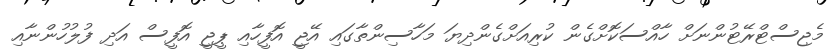
މެޖިސްޓްރޭޓުންނަށް ހާއްސަކޮށްގެން ކުރިއަށްގެންދިޔަ މަހާސިންތާގައި އޭޖީ އޮފީހާއި ޕީޖީ އޮފީސް އަދި ފުލުހުންނާއި